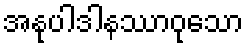
အနုပါဒါနဿာဝုသော